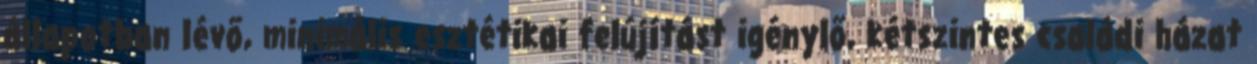
állapotban lévő, minimális esztétikai felújítást igénylő, kétszintes családi házat